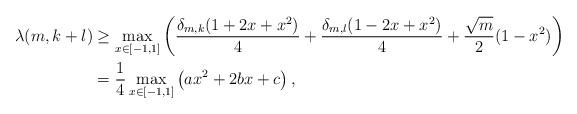
LaTeX: \begin{align*} \lambda(m,k+l)&\geq \max_{x\in[-1,1]}\left( \frac{\delta_{m,k}(1+2x+x^2)}{4}+ \frac{\delta_{m,l}(1-2x+x^2)}{4}+\frac{\sqrt{m}}{2}(1-x^2) \right)\\ &=\frac{1}{4}\max_{x\in [-1,1]}\left( ax^2+2 b x + c \right),\end{align*}